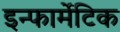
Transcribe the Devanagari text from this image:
इन्फार्मेटिक